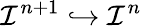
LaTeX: {\mathcal{I}}^{n+1}\hookrightarrow{\mathcal{I}}^{n}